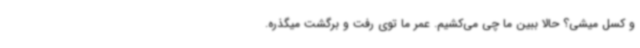
و کسل میشی؟ حالا ببین ما چی می‌کشیم. عمر ما توی رفت و برگشت میگذره.